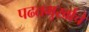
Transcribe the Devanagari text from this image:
पढतमुर्खाचे